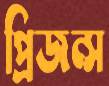
প্রিজন্স